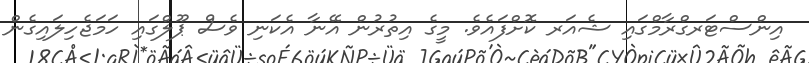
އިންސްޓަރގްރާމްގައި ޝެއަރ ކޮށްފައެވެ. މީގެ އިތުރުން އޭނާ އެކަނި ވެސް ޕޫލްގައި ހަމަޖެހިލައިގެން